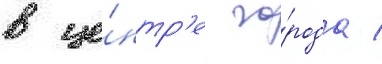
в це́нтр'е го́рода /